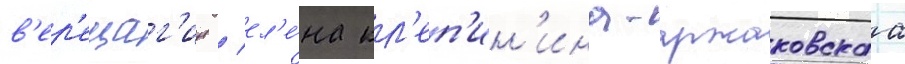
в'ер'ещаг'ин / ел'е́на кл'еп'ин'ина-аржаковскаа